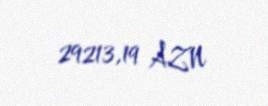
29213,19 AZN